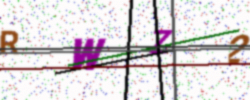
Text: RWZ2